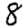
Digit: 8